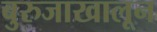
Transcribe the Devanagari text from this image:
बुरुजाखालून